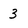
Character: 3